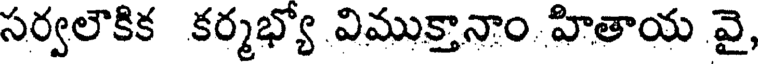
సర్వలౌకిక కర్మభ్యో విముక్తానాం హితాయ వై,